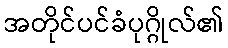
အတိုင်ပင်ခံပုဂ္ဂိုလ်၏